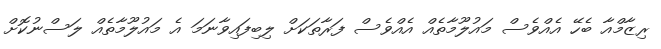
ރިޒާމްއާ ބެހޭ އެއްވެސް މައުލޫމާތެއް އެއްވެސް ފަރާތަކަށް ލިބިފައިވާނަމަ އެ މައުލޫމާތެއް ލަސްނުކޮށް